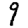
Digit: 9